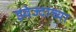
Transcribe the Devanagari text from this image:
झ्वेज्दाच्या